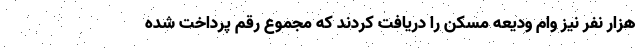
هزار نفر نیز وام ودیعه مسکن را دریافت کردند که مجموع رقم پرداخت شده